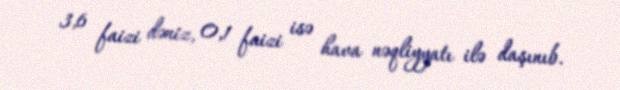
3,6 faizi dəniz, 0,1 faizi isə hava nəqliyyatı ilə daşınıb.